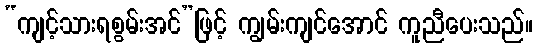
“ကျင့်သားရစွမ်းအင်”ဖြင့် ကျွမ်းကျင်အောင် ကူညီပေးသည်။